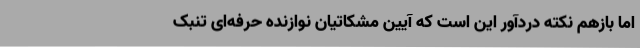
اما بازهم نکته دردآور این است که آیین مشکاتیان نوازنده حرفه‌ای تنبک